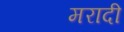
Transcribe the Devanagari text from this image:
मरादी